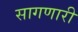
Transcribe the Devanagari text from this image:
सागणारी